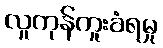
လူကုန်ကူးခံရမှု